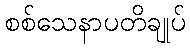
စစ်သေနာပတိချုပ်